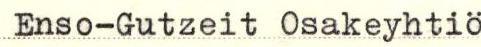
Enso-Gutzeit Osakeyhtiö